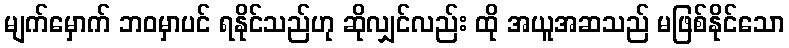
မျက်မှောက် ဘဝမှာပင် ရနိုင်သည်ဟု ဆိုလျှင်လည်း ထို အယူအဆသည် မဖြစ်နိုင်သော